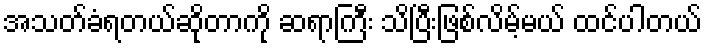
အသတ်ခံရတယ်ဆိုတာကို ဆရာကြီး သိပြီးဖြစ်လိမ့်မယ် ထင်ပါတယ်